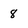
Character: 8